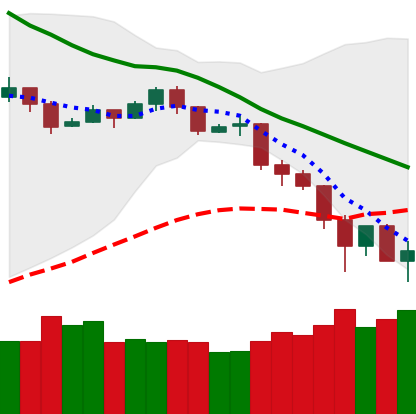
Ticker: TRX-USD
Chart end date: 2019-11-25
Forward return: 8.487%
Label: up_7plus